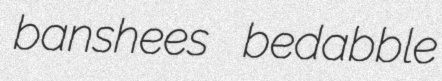
banshees bedabble